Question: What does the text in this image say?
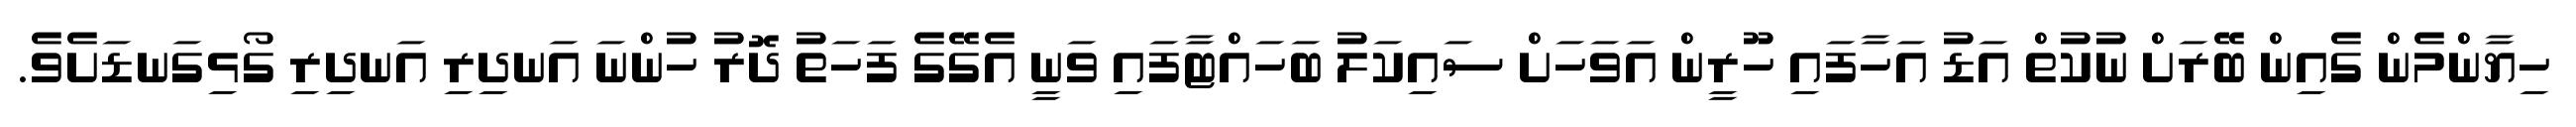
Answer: ހިޔާންމެން ގެއިން ބޭރަށް ނުކުތް އަޑު އަހާފައި ހޫރީން އަވަހަށް ސައިކަލު ބަހައްޓާފައި ވަނީ އެގޭގެ ފަހަތު ދޮރު ހުންނަ އަނދިރި އަނދިރި ގޯޅިގަނޑަށެވެ.